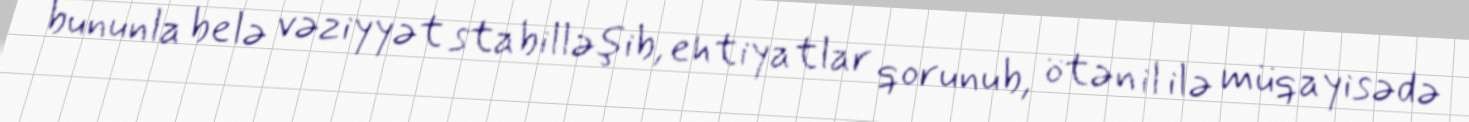
bununla belə vəziyyət stabilləşib, ehtiyatlar qorunub, ötən il ilə müqayisədə